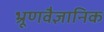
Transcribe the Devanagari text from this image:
भ्रूणवैज्ञानिक